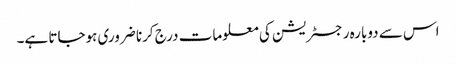
اس سے دوبارہ رجسٹریشن کی معلومات درج کرنا ضروری ہوجاتا ہے۔